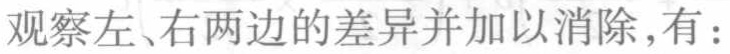
观察左、右两边的差异并加以消除,有：